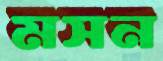
মসন